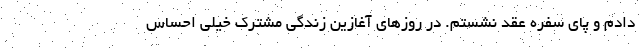
دادم و پای سفره عقد نشستم. در روزهای آغازین زندگی مشترک خیلی احساس